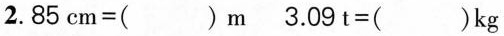
2.$$8 5 c m = ( ) m$$ $$3 . 0 9 t = ( ) k g$$